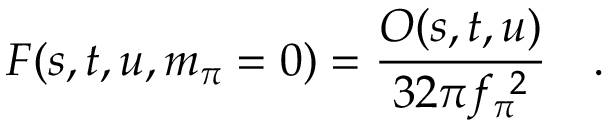
F ( s , t , u , m _ { \pi } = 0 ) = \frac { { \cal O } ( s , t , u ) } { 3 2 \pi f _ { \pi } ^ { \ 2 } } \quad .